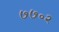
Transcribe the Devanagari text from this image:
७७०२